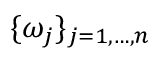
\{ \omega _ { j } \} _ { j = 1 , \hdots , n }